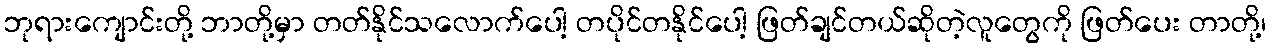
ဘုရားကျောင်းတို့ ဘာတို့မှာ တတ်နိုင်သလောက်ပေါ့ တပိုင်တနိုင်ပေါ့ ဖြတ်ချင်တယ်ဆိုတဲ့လူတွေကို ဖြတ်ပေး တာတို့၊